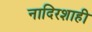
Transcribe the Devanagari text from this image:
नादिरशाही